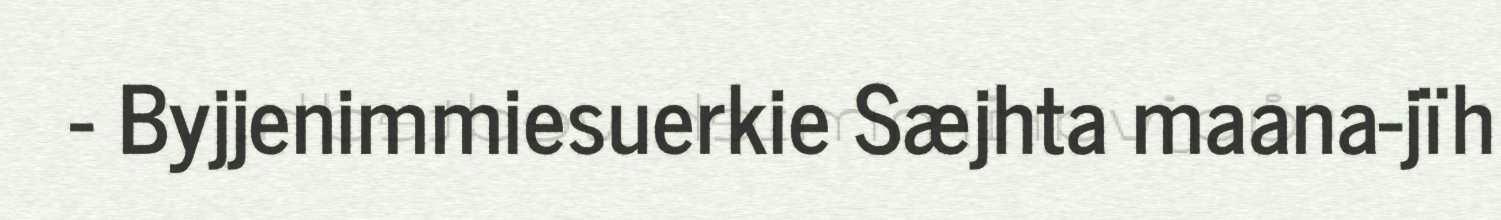
- Byjjenimmiesuerkie Sæjhta maana-jïh